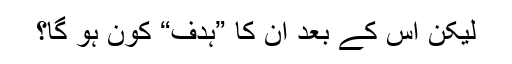
لیکن اس کے بعد ان کا ”ہدف“ کون ہو گا؟